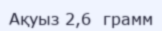
Ақуыз 2,6  грамм